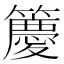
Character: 𮆯